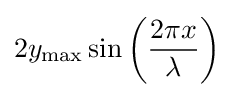
2y_{\text{max}}\sin \left({2\pi x \over \lambda }\right)